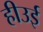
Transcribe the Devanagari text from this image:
हीउई